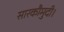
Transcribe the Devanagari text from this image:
सारकौमुदी।